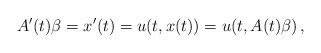
LaTeX: \begin{align*} A'(t)\beta=x'(t)=u(t, x(t))=u(t, A(t)\beta)\,, \end{align*}